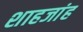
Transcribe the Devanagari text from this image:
शाहजांह